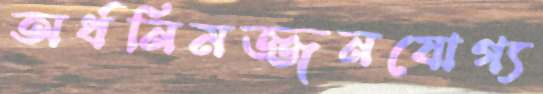
অর্ধনিমজ্জনযোগ্য